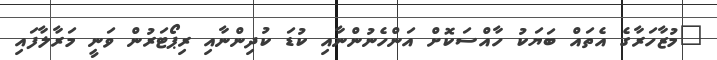
"މުޒާހަރާގެ އެތައް ބަޔަކު ހާއްސަކޮށް އަންހެނުންނާއި ކުޑަ ކުދިންނާއި ރިޕޯޓަރުން ވަނީ މަރާލާފައި